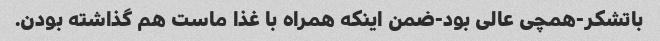
باتشکر-همچی عالی بود-ضمن اینکه همراه با غذا ماست هم گذاشته بودن.